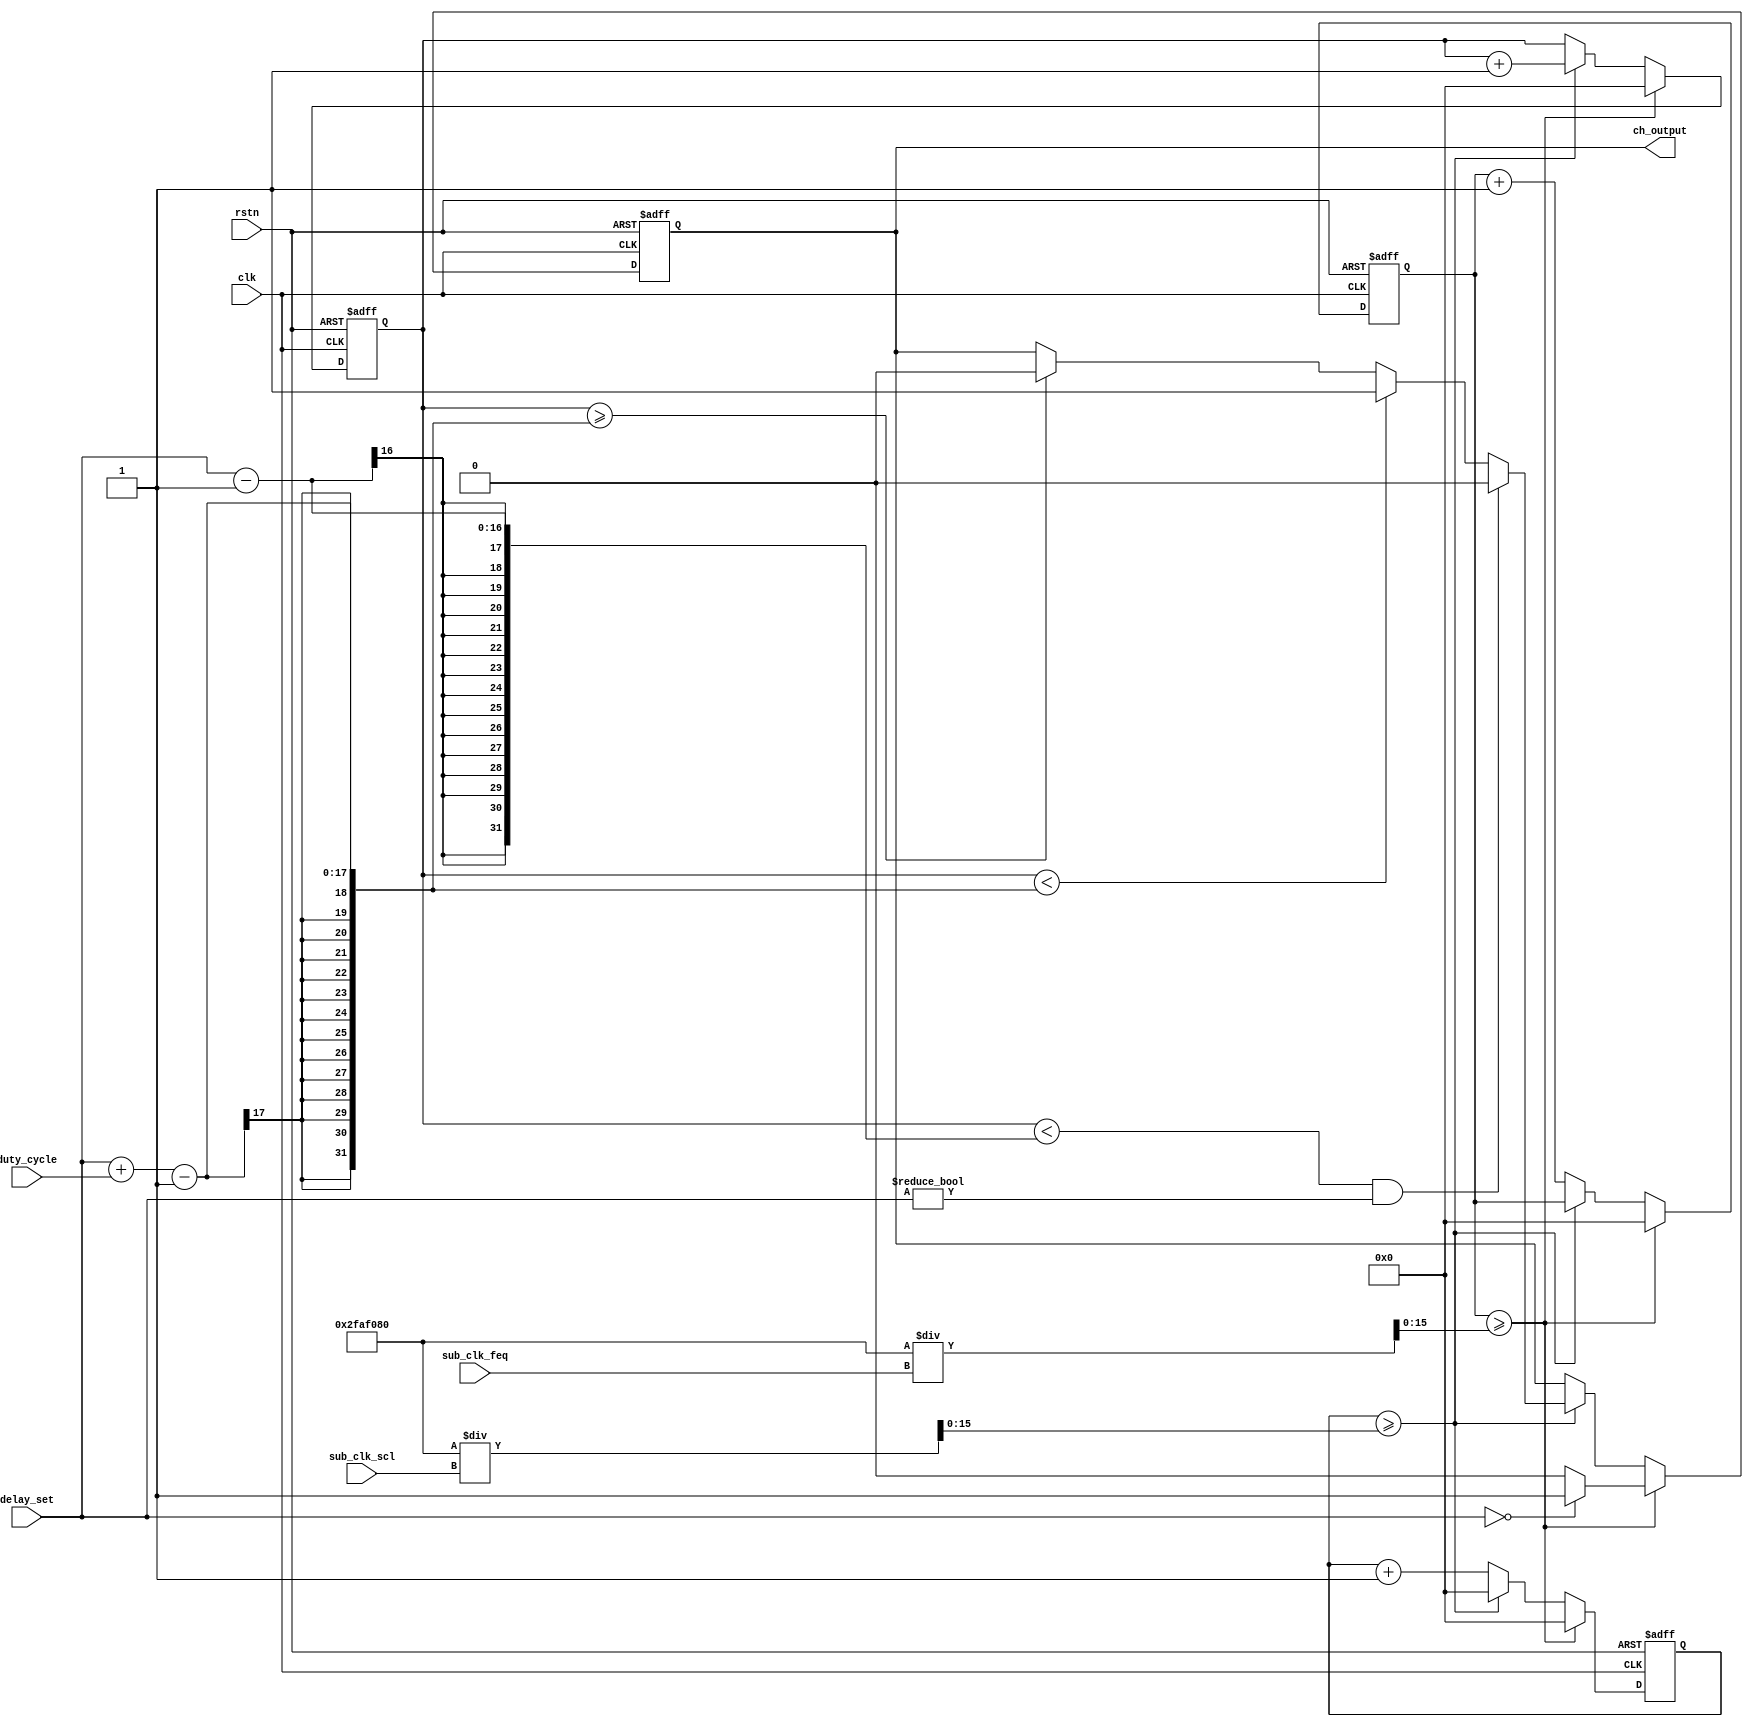
`define CLK_FEQ 50000000

module ch_output_module
(
	input clk,
	//input sub_clk,
	//input subsub_clk,
	input rstn,
	input [15:0] sub_clk_feq,
	input [15:0] sub_clk_scl,
	input [15:0] duty_cycle,
	input [15:0] delay_set,
	output ch_output
);
	
	reg ch_output_reg;
	reg [15:0] sub_clk_count;
	reg [15:0] subsub_clk_count;
	reg [15:0] subsub_count;
	wire [15:0] sub_clk_sum;
	wire [15:0] subsub_clk_sum;
	
	assign sub_clk_sum = `CLK_FEQ / sub_clk_feq;
	assign subsub_clk_sum = `CLK_FEQ / sub_clk_scl;
	
	always @(posedge clk or negedge rstn) begin 
		if (!rstn) begin
			ch_output_reg <= 0;
			sub_clk_count <= 0;
			subsub_clk_count <=0;
			subsub_count <= 0;
		end else if (sub_clk_count >= sub_clk_sum) begin
			sub_clk_count <= 0;
			subsub_clk_count <= 0;
			subsub_count <=0;
			if (delay_set == 0) begin 
				ch_output_reg <= 1;
			end else begin
				ch_output_reg <= 0;
			end
		end else if (subsub_clk_count >= subsub_clk_sum) begin
			subsub_clk_count <= 0;
			subsub_count <= subsub_count + 1;
			if ( (subsub_count < delay_set - 1) & (delay_set != 0) ) begin
				ch_output_reg <= 0;
			end else if (subsub_count < (delay_set + duty_cycle - 1) ) begin 
				ch_output_reg <= 1;
			end else if (subsub_count >= (delay_set + duty_cycle - 1) ) begin 
				ch_output_reg <= 0;
			end
		end else begin
			sub_clk_count <= sub_clk_count + 1;
			subsub_clk_count <= subsub_clk_count + 1;
		end
	end
	/*
	reg ch_output_reg;
	reg [15:0] subsub_count;

	always @ (posedge sub_clk or negedge rstn) begin
	//always @ ( (posedge sub_clk) | (posedge subsub_clk) | (negedge rstn) ) begin
		if ((!rstn | sub_clk) & (delay_set != 0) ) begin
			ch_output_reg <= 0;
			subsub_count <= 0;
		end else if ((!rstn | sub_clk) & (delay_set == 0) ) begin
			ch_output_reg <= 1;
			subsub_count <= 0;
		end else if (subsub_count < delay_set ) begin
			subsub_count <= subsub_count + 1;
			ch_output_reg <= 0;
		end else if (subsub_count < (delay_set + duty_cycle) ) begin 
			subsub_count <= subsub_count + 1;
			ch_output_reg <= 1;
		end else if (subsub_count >= (delay_set + duty_cycle) ) begin 
			subsub_count <= subsub_count + 1;
			ch_output_reg <= 0;
		end
	end
	*/
	assign ch_output = ch_output_reg;
	
endmodule